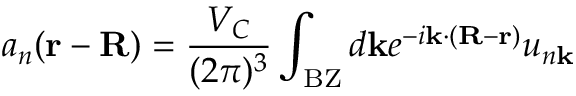
a _ { n } ( \mathbf { r - R } ) = { \frac { V _ { C } } { ( 2 \pi ) ^ { 3 } } } \int _ { \mathrm { B Z } } d \mathbf { k } e ^ { - i \mathbf { k } \cdot ( \mathbf { R - r } ) } u _ { n \mathbf { k } }